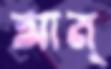
আম্